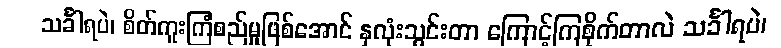
သင်္ခါရပဲ၊ စိတ်ကူးကြံစည်မှုဖြစ်အောင် နှလုံးသွင်းတာ ကြောင့်ကြစိုက်တာလဲ သင်္ခါရပဲ၊